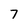
Character: 7